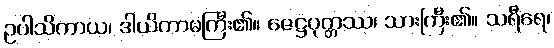
ဥပါသိကာယ၊ ဒါယိကာမကြီး၏။ ဇေဋ္ဌပုတ္တဿ၊ သားကြီး၏။ သရီရေ၊